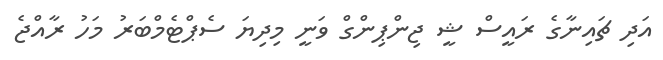
އަދި ޗައިނާގެ ރައީސް ޝީ ޖިންޕިންގް ވަނީ މިދިޔަ ސެޕްޓެމްބަރު މަހު ރާއްޖެ